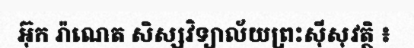
អ៊ុក រ៉ាណេត សិស្សវិទ្យាល័យព្រះស៊ីសុវត្ថិ ៖